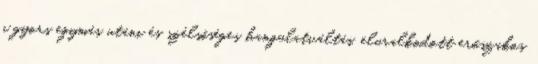
a gyors egymás utáni és szélsőséges hangulatváltás, eluralkodott erőszakos